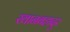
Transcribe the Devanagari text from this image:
खानबहादुर